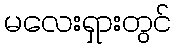
မလေးရှားတွင်